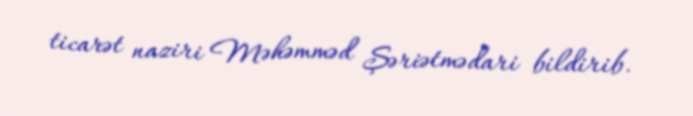
ticarət naziri Məhəmməd Şəriətmədari bildirib.